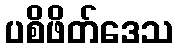
ပစိဖိတ်ဒေသ